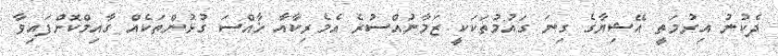
ދެކުނު އިރުމަތީ އޭޝިޔާގެ ގިނަ ގައުމުތަކަކީ ޒަމާނުއްސުރެ އެމެރިކާއާ ޚާއްސަ ގުޅުންތަކެއް ގާއިމްކޮށްފައިވާ